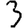
Digit: 3